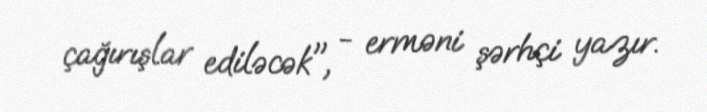
çağırışlar ediləcək", - erməni şərhçi yazır.